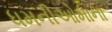
ધમનીઓમાના